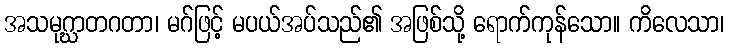
အသမုဂ္ဃာတဂတာ၊ မဂ်ဖြင့် မပယ်အပ်သည်၏ အဖြစ်သို့ ရောက်ကုန်သော။ ကိလေသာ၊